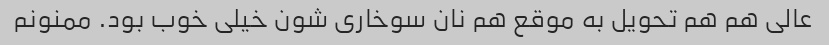
عالی هم هم تحویل به موقع هم نان سوخاری شون خیلی خوب بود. ممنونم